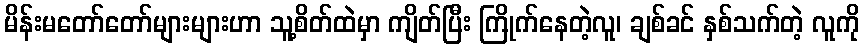
မိန်းမတော်တော်များများဟာ သူ့စိတ်ထဲမှာ ကျိတ်ပြီး ကြိုက်နေတဲ့လူ၊ ချစ်ခင် နှစ်သက်တဲ့ လူကို